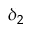
\delta _ { 2 }